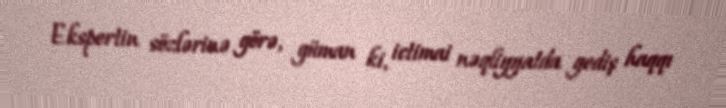
Ekspertin sözlərinə görə, güman ki, ictimai nəqliyyatda gediş haqqı